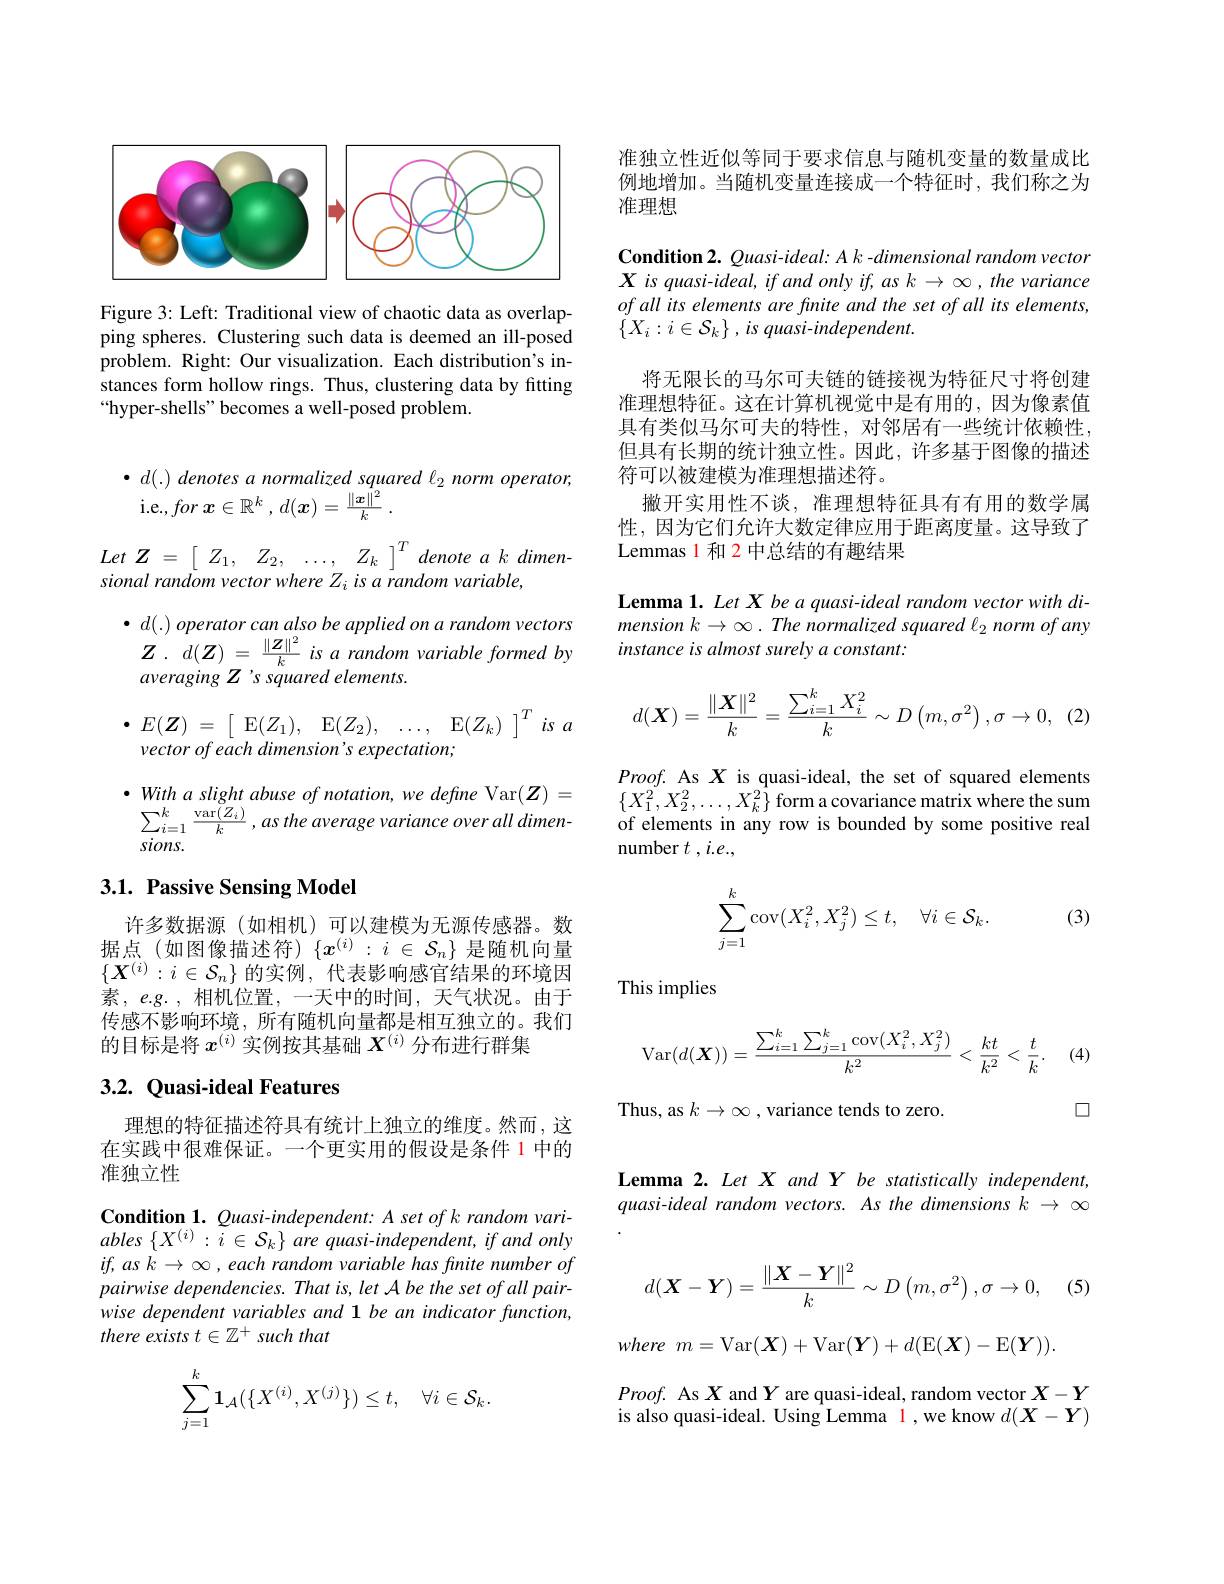
<FigureHere>

Figure 3: Left: Traditional view of chaotic data as overlapping spheres. Clustering such data is deemed an ill-posed problem. Right: Our visualization. Each distribution's instances form hollow rings. Thus, clustering data by fitting “hyper-shells" becomes a well-posed problem.

$\bullet$ $d( . )$ denotes $a$ normalized squared $l_{2}$ norm $operator$,
i.e., for $\boldsymbol{x}\in \mathbb{R} ^k$ , $d( \boldsymbol{x}) = \frac {\| \boldsymbol{x}\| ^2}k$ .
Let $Z$ = $\begin{bmatrix} {Z_{1}, }& {Z_{2}, }& {\ldots , }& {Z_{k}}\end{bmatrix} ^{T}$ denote $a$ $k$ $dimen-$
$sionalrandomvectorwhereZ_{i}isarandomvariable$,
$\bullet$ $d( . )$ operator can also $be$ applied $on$ $a$ random vectors $Z.d(Z)=\frac{\|Z\|^2}k$ is a random variable formed by averaging Z's squared elements.
$\bullet E( Z)$ = $\begin{bmatrix} {\mathrm{E} ( Z_{1}) , }& {\mathrm{E} ( Z_{2}) , }& {\ldots , }& {\mathrm{E} ( Z_{k}) }\end{bmatrix} ^{T}is$ $a$

vector of each dimension's expectation;

$\bullet$ With a slight abuse of notation, we define Var$(\boldsymbol Z)=$ $\sum _{i= 1}^{k}\frac {\mathrm{var}( Z_{i}) }k$ , $as$ the average variance over all $dimen-$ sions.

## 3.1. Passive Sensing Model

许多数据源(如相机)可以建模为无源传感器。数据点(如图像描述符)$\{x^{(i)}:i\in\mathcal{S}_n\}$是随机向量$\{\boldsymbol{X}^{(i)}:i\in\mathcal{S}_n\}$的实例，代表影响感官结果的环境因素，e.g.,相机位置，一天中的时间，天气状况。由于传感不影响环境，所有随机向量都是相互独立的。我们的目标是将$x^{(i)}$实例按其基础$X^{(i)}$分布进行群集

# 3.2. Quasi-ideal Features

理想的特征描述符具有统计上独立的维度。然而，这在实践中很难保证。一个更实用的假设是条件 1 中的准独立性

Condition 1. $\varrho uasi-independent:A$ set of k random vari- $ables\left\{X^{(i)}:\tilde{i}\in\mathcal{S}_{k}\right\}$are quasi-independent, if and only $if, as$ $k\to \infty$ , each random variable has finite number of pairwise dependencies. That is, let A be the set of all pairwise dependent variables and 1 be an indicator function, there exists $t\in\mathbb{Z}^+$ such that
$$\begin{aligned}\sum_{j=1}^k\mathbf{1}_{\mathcal{A}}(\{X^{(i)},X^{(j)}\})\leq t,\quad\forall i\in\mathcal{S}_k.\end{aligned}$$
准独立性近似等同于要求信息与随机变量的数量成比例地增加。当随机变量连接成一个特征时，我们称之为准理想

Condition 2. Quasi-ideal: A k -dimensional random vector $X$ is quasi-ideal, if and only if, as $k\to\infty,the$ variance of all its elements are finite and the set of all its elements, $\{ X_i: i\in \mathcal{S} _k\}$ , $is$ $quasi- independent.$

将无限长的马尔可夫链的链接视为特征尺寸将创建准理想特征。这在计算机视觉中是有用的，因为像素值具有类似马尔可夫的特性，对邻居有一些统计依赖性， 但具有长期的统计独立性。因此，许多基于图像的描述符可以被建模为准理想描述符。
撇开实用性不谈，准理想特征具有有用的数学属性，因为它们允许大数定律应用于距离度量。这导致了Lemmas 1 和 2 中总结的有趣结果

Lemma 1. Let X be a quasi-ideal random vector with dimension $k\to\infty.\textit{The normalized squared l}_2$ norm of any instance is almost surely a constant:
$$d(\boldsymbol{X})=\frac{\|\boldsymbol{X}\|^2}{k}=\frac{\sum_{i=1}^kX_i^2}{k}\sim D\left(m,\sigma^2\right),\sigma\to0,$$
$\begin{array}{l}{Proof.~\mathrm{As~}X~\mathrm{is~quasi-ideal,~the~set~of~squared~elements}}\\{\{X_1^2,X_2^2,\ldots,X_k^2\}~\mathrm{form~a~covariance~matrix~where~the~sum}}\end{array}$ of elements in any row is bounded by some positive real number $t$ , i.e.,

(3)
$$\begin{aligned}\sum_{j=1}^k\operatorname{cov}(X_i^2,X_j^2)\leq t,\quad\forall i\in\mathcal{S}_k.\end{aligned}$$
This implies
$$\mathrm{Var}(d(\boldsymbol{X}))=\frac{\sum_{i=1}^k\sum_{j=1}^k\mathrm{cov}(X_i^2,X_j^2)}{k^2}<\frac{kt}{k^2}<\frac{t}{k}.$$
(4)

口

Thus, as $k\to\infty$ , variance tends to zero.

Lemma 2. Let X and Y be statistically independent, quasi-ideal random vectors. As the dimensions $k\to\infty$
$$d(\boldsymbol{X}-\boldsymbol{Y})=\frac{\|\boldsymbol{X}-\boldsymbol{Y}\|^2}{k}\sim D\left(m,\sigma^2\right),\sigma\to0,$$
(5)
$$where\:m=\mathrm{Var}(\boldsymbol{X})+\mathrm{Var}(\boldsymbol{Y})+d(\mathrm{E}(\boldsymbol{X})-\mathrm{E}(\boldsymbol{Y})).$$
$Proof.$ As $X$ and $Y$ are quasi-ideal, random vector $X-Y$ is also quasi-ideal. Using Lemma l ,we know $d(\boldsymbol X-\boldsymbol Y)$